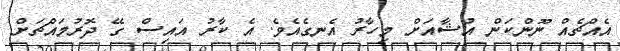
އެއްޗެއް ނޫންކަން އުޝާއަށް މިހާރު އެނގެއެވެ. އެ ކާރު އައިސް ގޭ ދޮރުމައްޗަށް